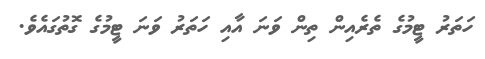
ހަތަރު ޓީމުގެ ތެރެއިން ތިން ވަނަ އާއި ހަތަރު ވަނަ ޓީމުގެ ގޮތުގައެވެ.